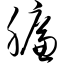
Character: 臁